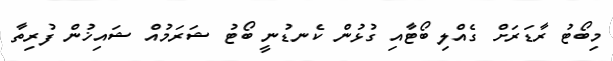
މިބޯޓު ރާޑަރަށް ގެއްލި ބޯޓާއި ގުޅުން ކެނޑުނީ ބޯޓު ޝަރަމުއް ޝައިޚުން ފުރިތާ